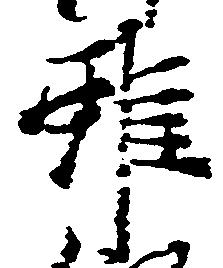
雖